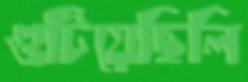
গুটিয়েছিলি